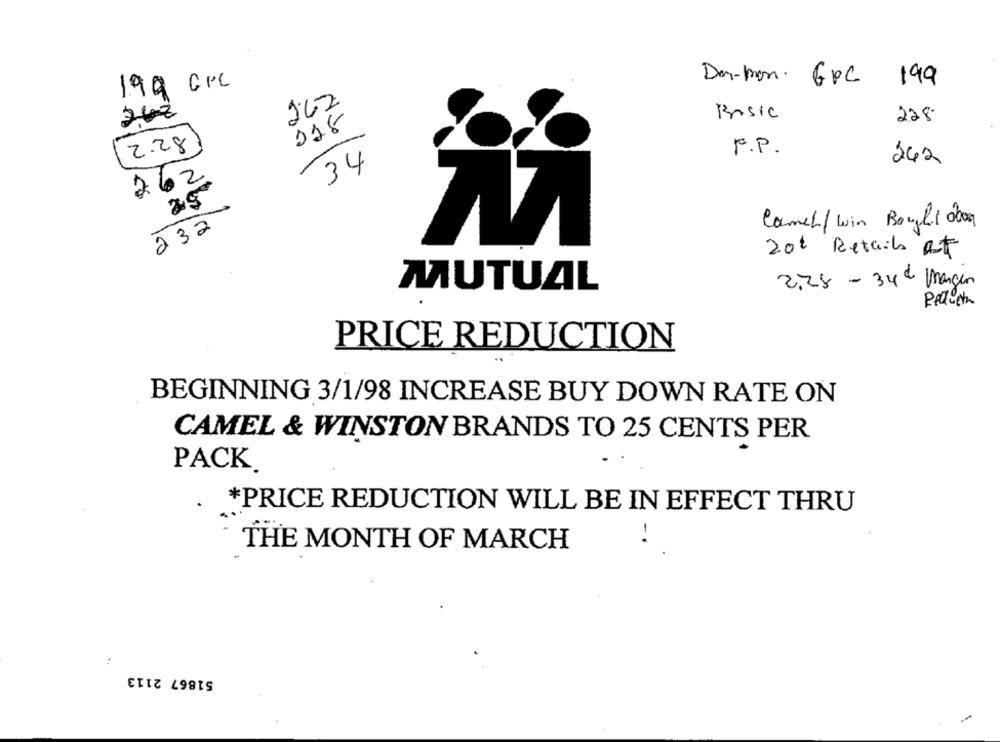
Der-mon. GPC 199
199 GPL
262
Basic
228
118
2.28
F.P.
242
34
262
25
Camel/ win Bought don
232
20t Retail at
2.28 - 34€ Margen
MUTUAL
Pellet
PRICE REDUCTION
BEGINNING 3/1/98 INCREASE BUY DOWN RATE ON
CAMEL & WINSTON BRANDS TO 25 CENTS PER
PACK.
*PRICE REDUCTION WILL BE IN EFFECT THRU
-.
THE MONTH OF MARCH
:
51867 2113